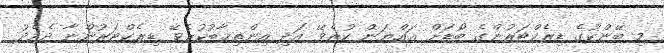
މި ބޭންކުގެ ޑިރެކްޓަރުންގެ ބޯޑަށް ޢައްޔަން ކުރެވޭ އަދި އިންތިޚާބުކުރެވޭ ޑިރެކްޓަރުންނާ ދެމެދު